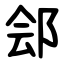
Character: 郐